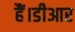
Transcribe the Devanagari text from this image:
हैं।डीआर